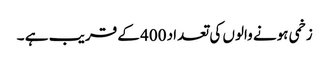
زخمی ہونے والوں کی تعداد 400 کے قریب ہے ۔